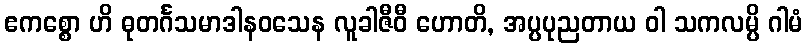
ဧကစ္စော ဟိ ဓုတင်္ဂသမာဒါနဝသေန လူခါဇီဝီ ဟောတိ, အပ္ပပုညတာယ ဝါ သကလမ္ပိ ဂါမံ